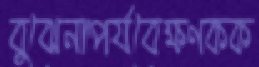
বুঝেনাপর্যবেক্ষণকক